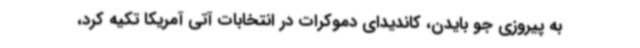
به پیروزی جو بایدن، کاندیدای دموکرات در انتخابات آتی آمریکا تکیه کرد،